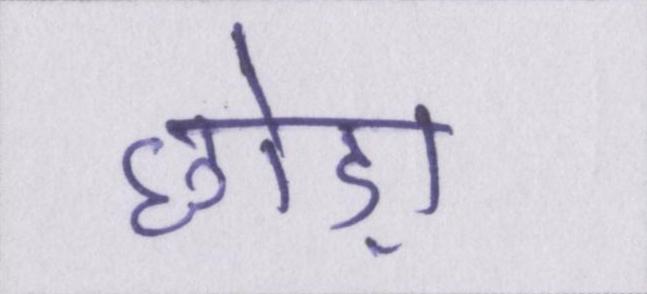
छोड़ा